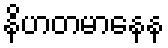
နိဟတမာနေန